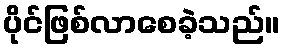
ပိုင်ဖြစ်လာစေခဲ့သည်။